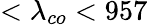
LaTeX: <\lambda_{co}<957